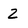
Character: 2